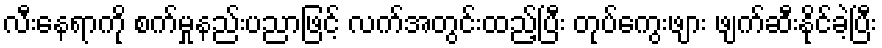
လီးနေရာကို စက်မှုနည်းပညာဖြင့် လက်အတွင်းထည့်ပြီး တုပ်ကွေးဖျား ဖျက်ဆီးနိုင်ခဲ့ပြီး